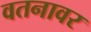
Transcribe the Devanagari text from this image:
वतनावर